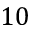
1 0